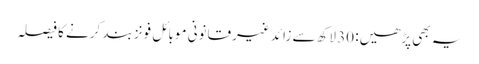
یہ بھی پڑھیں: 30 لاکھ سے زائد غیرقانونی موبائل فونز بند کرنے کا فیصلہ